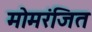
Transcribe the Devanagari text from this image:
मोमरंजित